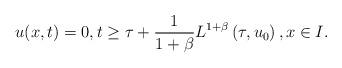
LaTeX: \begin{align*} u(x,t)=0, t\geq \tau+ \frac{1}{1+\beta}L^{1+\beta}\left(\tau, u_0\right), x\in I. \end{align*}